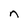
Character: n